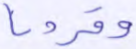
وقرونا